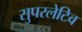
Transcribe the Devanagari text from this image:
सुपरलेटिव